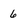
Character: 6